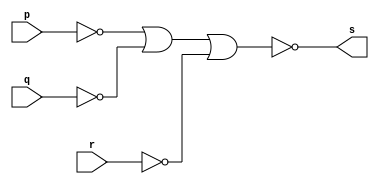
// --------------------- 
// Exemplo0009 - and 
// Nome: Patrick Flvio Teixeira Coura 
// --------------------- 
 
// --------------------- 
// -- and gate 
// --------------------- 
 
module andgate (output s, input p, input q, input r); 
not NOT1 (s1, p);
not NOT2 (s2, q);
not NOT3 (s3, r);
assign s = ~(s1|s2|s3); 
endmodule // and 
 
// --------------------- 
// -- test andgate 
// --------------------- 
module testandgate; 
// ------------------------- dados locais 
   reg  a,b,c; // definir registrador 
   wire s;    // definir conexao (fio) 
// ------------------------- instancia 
   andgate AND1 (s, a, b, c); 
 
// ------------------------- preparacao 
   initial begin:start 
      a=0;   
      b=0;   
		c=0;
    end 
 
// ------------------------- parte principal 
   initial begin:main 
      $display("Exemplo0009 - Patrick Flvio Teixeira Coura - 427450"); 
      $display("Test and gate"); 
		$display("a & b & c = s\n");
      $monitor("%b & %b & %b = %b", a ,b, c, s); 
  #1  a=0; b=0; c=0;    
  #1  a=0; b=0; c=1;
  #1  a=0; b=1; c=0;    
  #1  a=0; b=1; c=1;
  #1  a=1; b=0; c=0;
  #1  a=1; b=0; c=1;
  #1  a=1; b=1; c=0;
  #1  a=1; b=1; c=1;
 end 
 
endmodule // testandgate